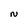
Character: N